画像に写った文字を読んでください
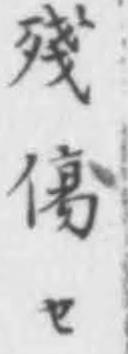
「殘傷セ」と書いてあります